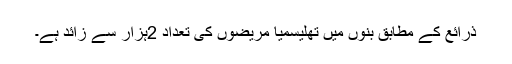
ذرائع کے مطابق بنوں میں تھلیسمیا مریضوں کی تعداد 2ہزار سے زائد ہے۔